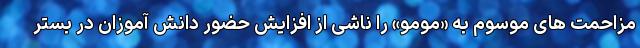
مزاحمت های موسوم به «مومو» را ناشی از افزایش حضور دانش آموزان در بستر